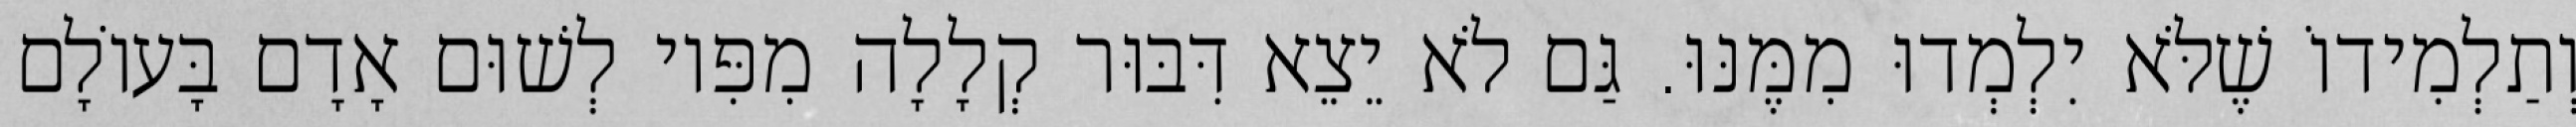
וְתַלְמִידוֹ שֶׁלֹּא יִלְמְדוּ מִמֶּנּוּ. גַּם לֹא יֵצֵא דִּבּוּר קְלָלָה מִפִּיו לְשׁוּם אָדָם בָּעוֹלָם